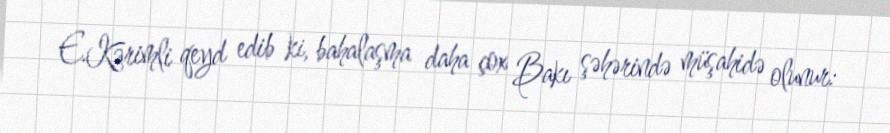
E.Kərimli qeyd edib ki, bahalaşma daha çox Bakı şəhərində müşahidə olunur: